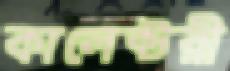
কালেক্টরী